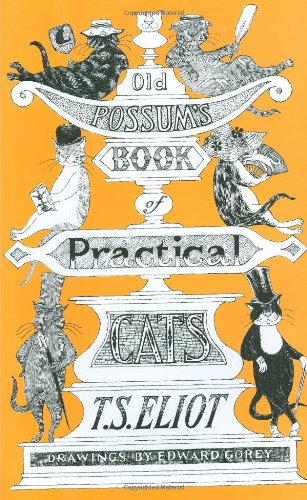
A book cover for Old Possum's Book of Practical Cats; T. S. Eliot; Literature & Fiction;